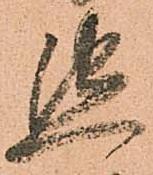
懇